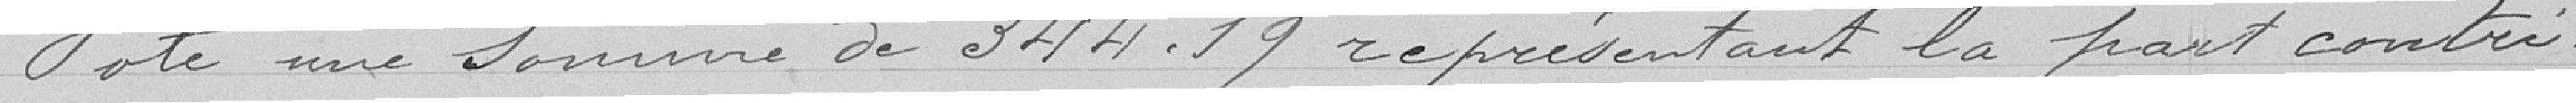
Vote une somme de 344 francs 19 représentant la part contri-